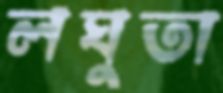
লঘুতা